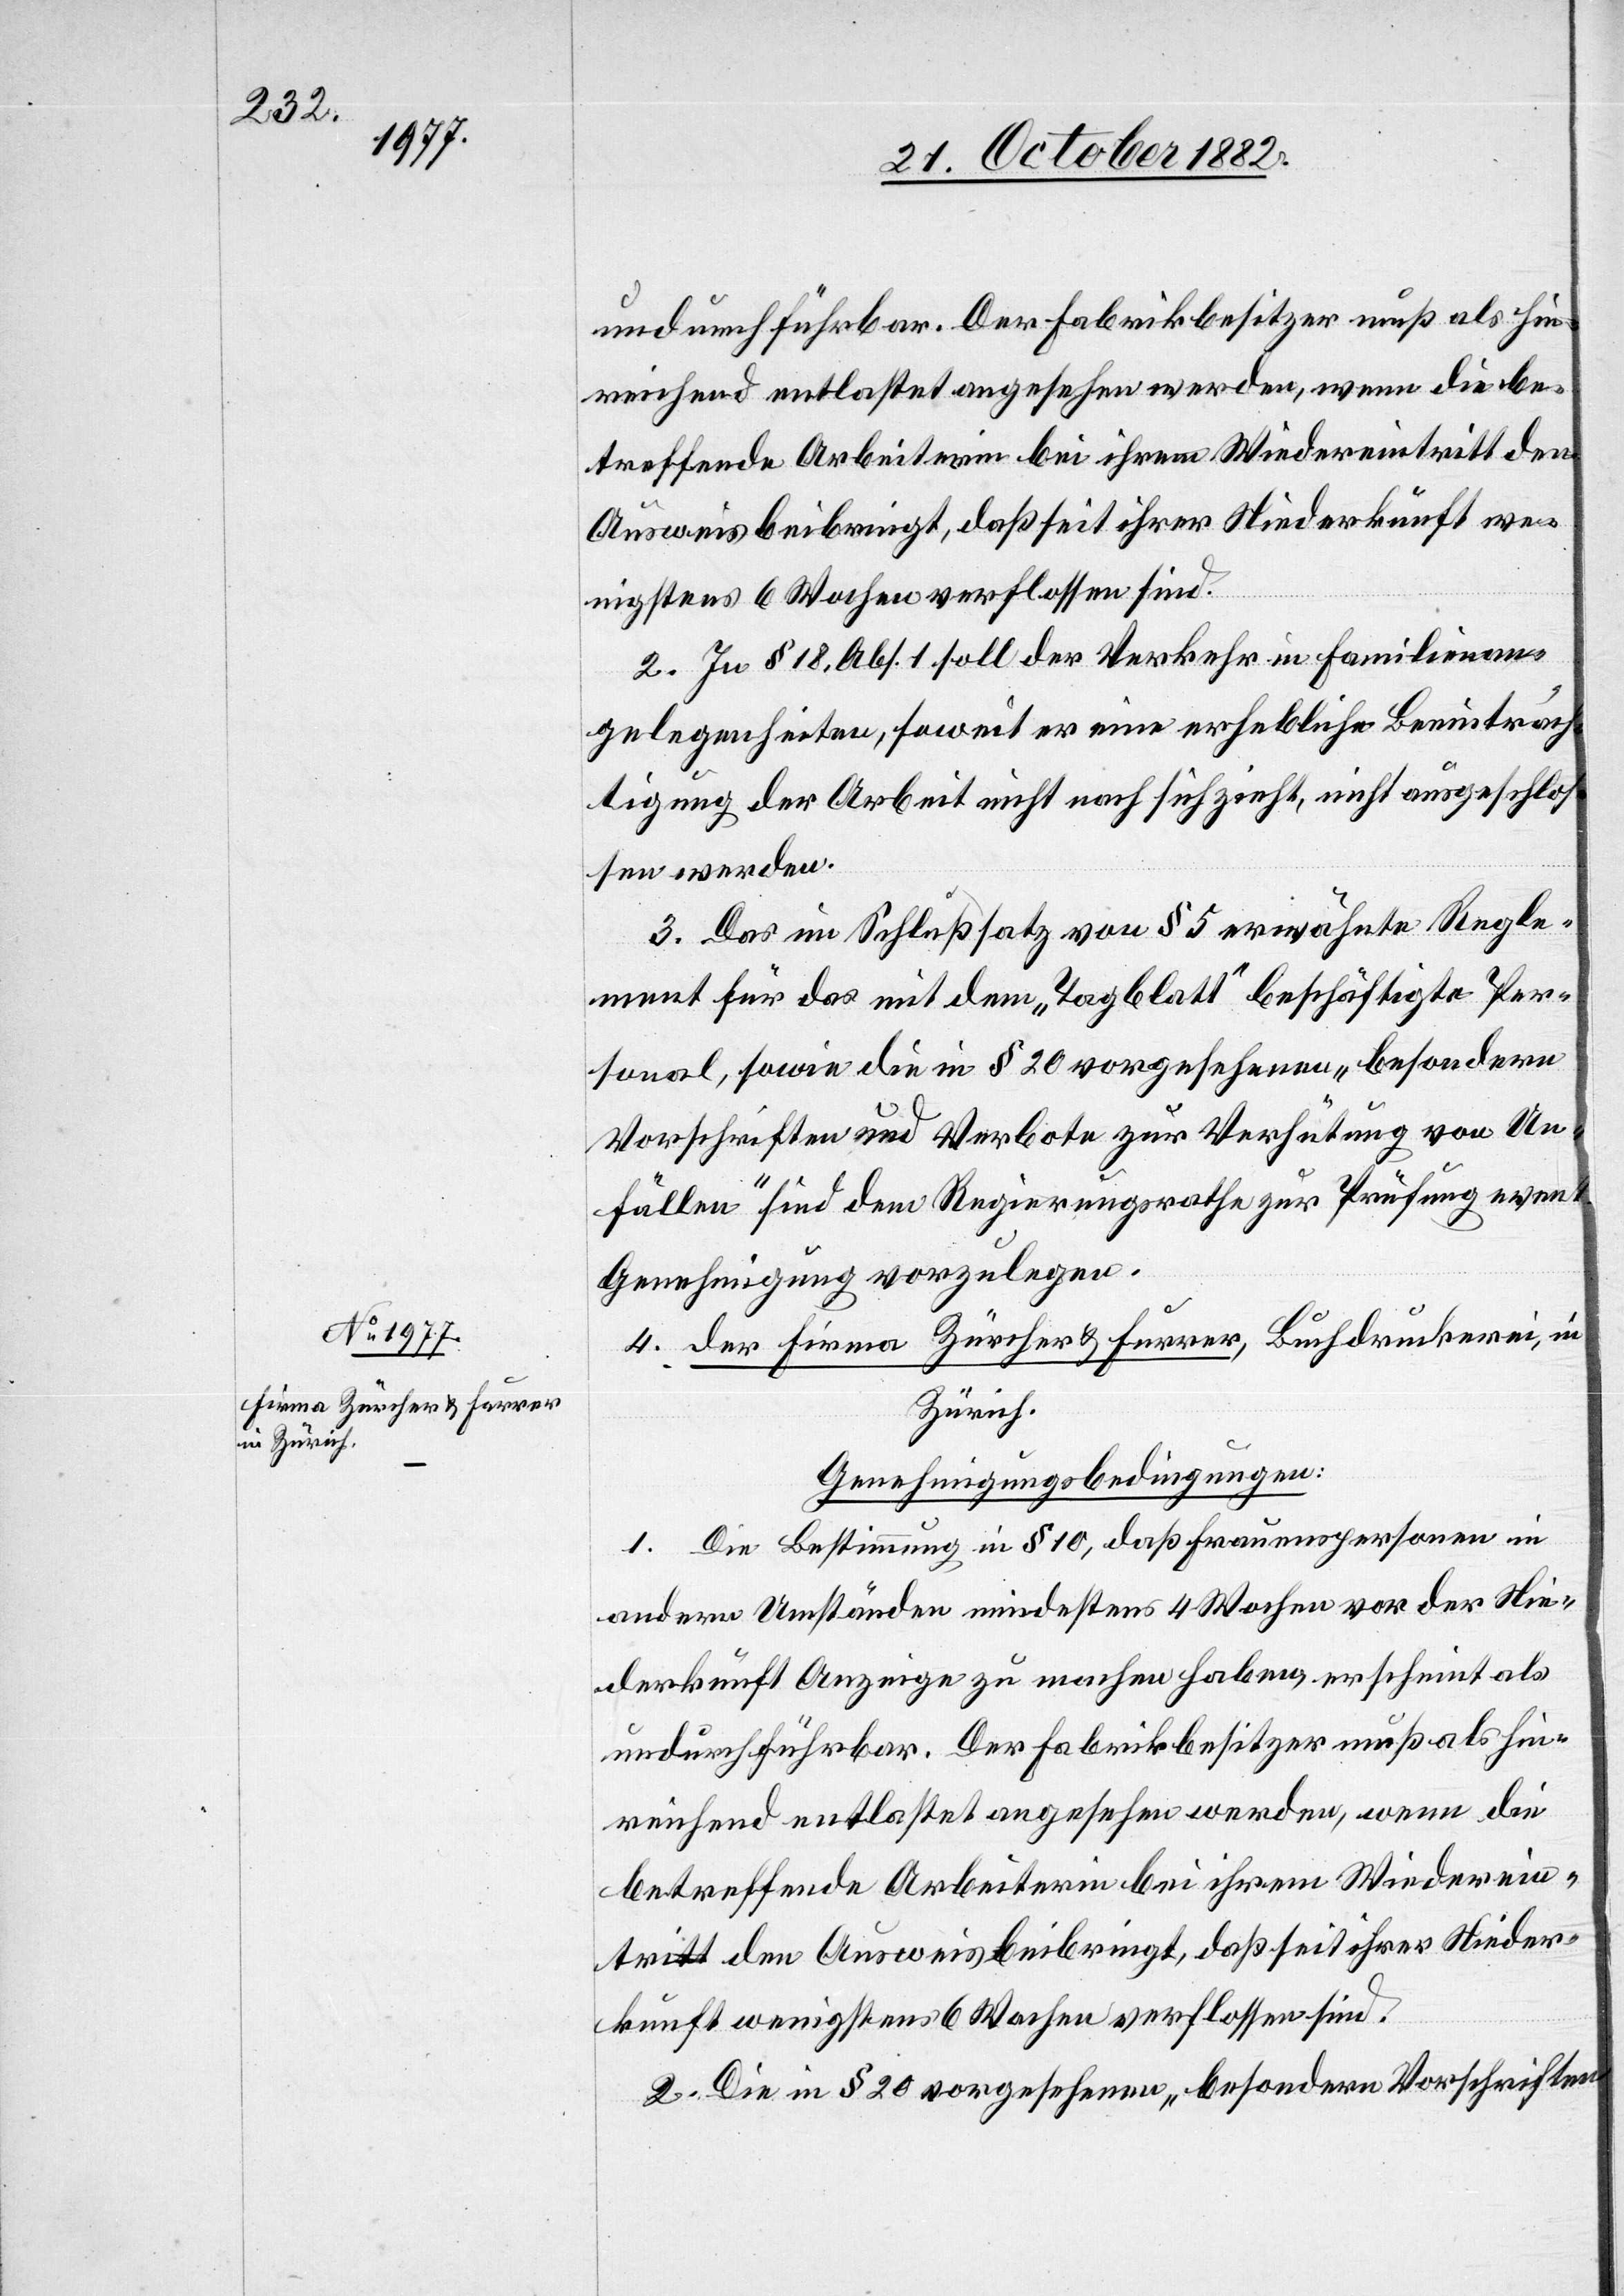
reichend entlastet angesehen werden, wenn die be¬
treffende Arbeiterin bei ihrem Wiedereintritt den
Ausweis beibringt, daß seit ihrer Niederkunft we¬
nigstens 6 Wochen verflossen sind.
2. In § 18, Abs. 1 soll der Verkehr in Familienan¬
gelegenheiten, soweit er eine erhebliche Beeinträch¬
tigung der Arbeit nicht nach sich zieht, nicht ausgeschlos¬
sen werden.
3. Das im Schlußsatz von § 5 erwähnte Regle¬
ment für das mit dem „Tagblatt“ beschäftigte Per¬
sonal, sowie die in § 20 vorgesehenen „besondern
Vorschriften und Verbote zur Verhütung von Un¬
fällen“ sind dem Regierungsrathe zur Prüfung event.
Genehmigung vorzulegen.
4. der Firma Zürcher & Furrer, Buchdruckerei, in
Zürich.
Genehmigungsbedingungen:
1. Die Bestimmung in § 10, daß Frauenspersonen in
andern Umständen mindestens 4 Wochen vor der Nie¬
derkunft Anzeige zu machen haben, erscheint als
undurchführbar. Der Fabrikbesitzer muß als hin¬
2. Die in § 20 vorgesehenen „besondern Vorschriften